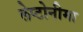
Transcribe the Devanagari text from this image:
लेप्टोनीमा